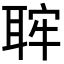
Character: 𦕵